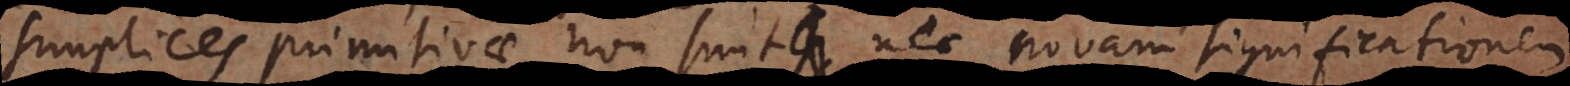
simplices primitivae non sunt, nec novam significationem